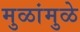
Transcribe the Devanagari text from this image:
मुळांमुळे